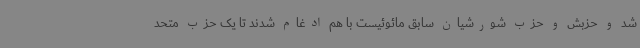
شد و حزبش و حزب شورشیان سابق مائوئیست با هم ادغام شدند تا یک حزب متحد